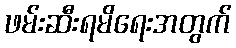
ဖမ်းဆီးရမိရေးအတွက်